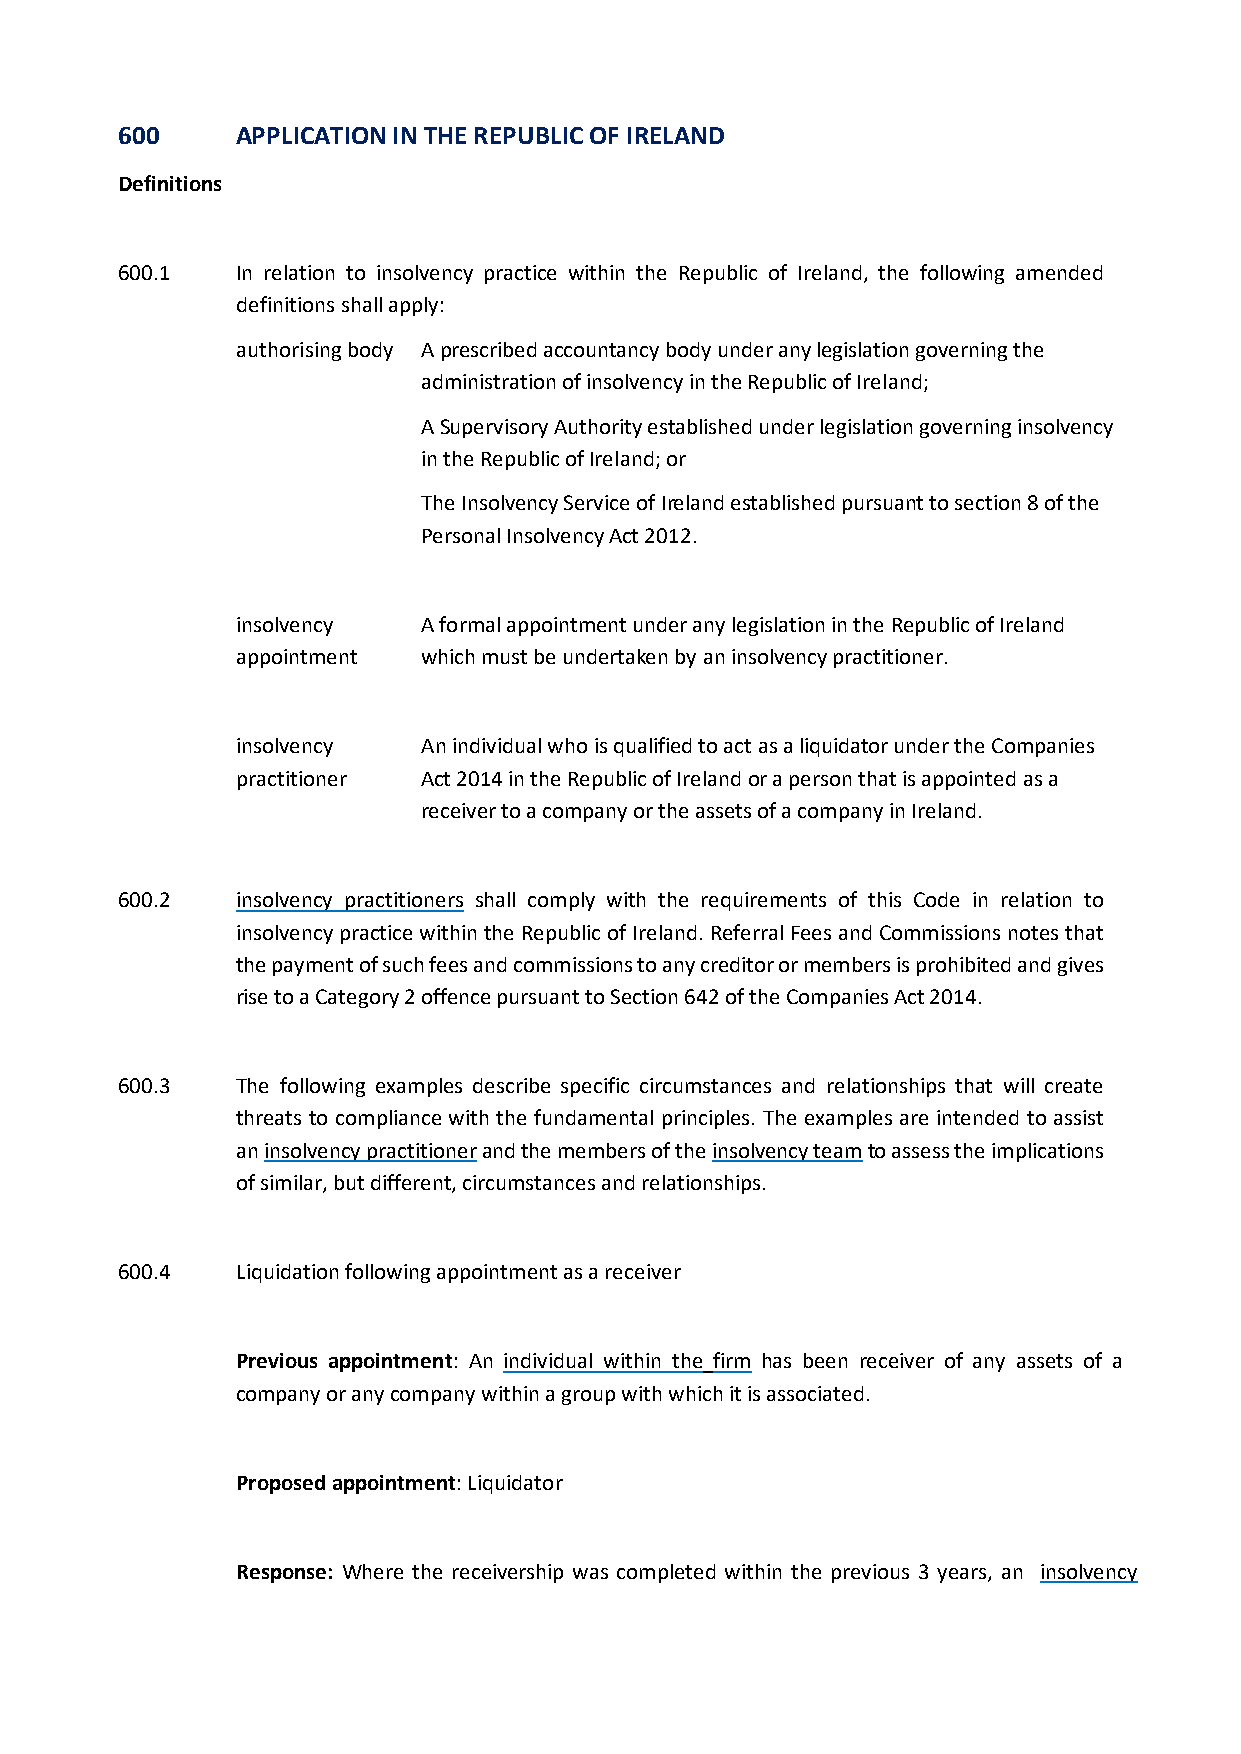
600     APPLICATION IN THE REPUBLIC OF IRELAND
 Definitions
 600.1   In relation to insolvency practice within the Republic of Ireland, the following amended
 definitions shall apply:
 authorising body A prescribed accountancy body under any legislation governing the
 administration of insolvency in the Republic of Ireland;
 A Supervisory Authority established under legislation governing insolvency
 in the Republic of Ireland; or
 The Insolvency Service of Ireland established pursuant to section 8 of the
 Personal Insolvency Act 2012.
 insolvency  A formal appointment under any legislation in the Republic of Ireland
 appointment which must be undertaken by an insolvency practitioner.
 insolvency  An individual who is qualified to act as a liquidator under the Companies
 practitioner Act 2014 in the Republic of Ireland or a person that is appointed as a
 receiver to a company or the assets of a company in Ireland.
 600.2   insolvency practitioners shall comply with the requirements of this Code in relation to
 insolvency practice within the Republic of Ireland. Referral Fees and Commissions notes that
 the payment of such fees and commissions to any creditor or members is prohibited and gives
 rise to a Category 2 offence pursuant to Section 642 of the Companies Act 2014.
 600.3   The following examples describe specific circumstances and relationships that will create
 threats to compliance with the fundamental principles. The examples are intended to assist
 an insolvency practitioner and the members of the insolvency team to assess the implications
 of similar, but different, circumstances and relationships.
 600.4   Liquidation following appointment as a receiver
 Previous appointment: An individual within the firm has been receiver of any assets of a
 company or any company within a group with which it is associated.
 Proposed appointment: Liquidator
 Response: Where the receivership was completed within the previous 3 years, an insolvency